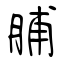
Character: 脯